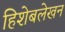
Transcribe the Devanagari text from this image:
हिशेबलेखन